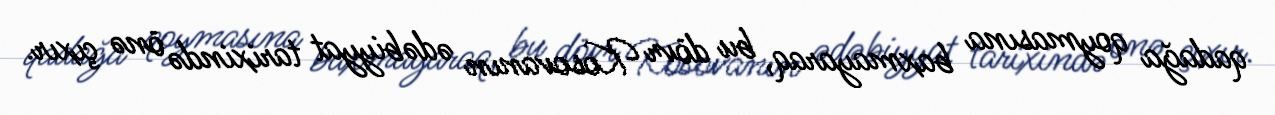
qadağa qoymasına baxmayaraq, bu dövr Kosovanın ədəbiyyat tarixində önə çıxır.